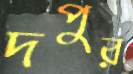
দপুর